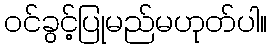
ဝင်ခွင့်ပြုမည်မဟုတ်ပါ။